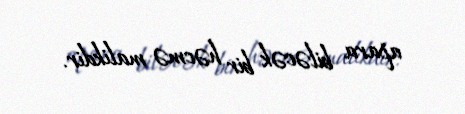
apara biləcək bir həcmə malikdir.